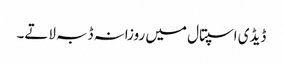
ڈیڈی اسپتال میں روزانہ ڈبہ لاتے۔